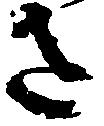
さ